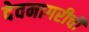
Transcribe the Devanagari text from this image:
देवनागरीची